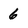
Character: 6